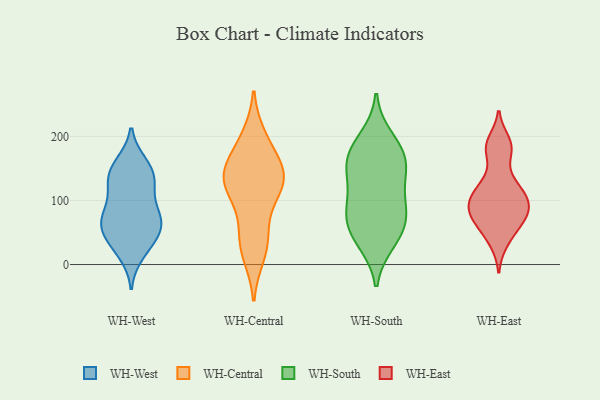
{"axis": {"x": "Shipments", "y": "Value"}, "legend": ["WH-Central", "WH-East", "WH-South", "WH-West"], "data": [{"x": "", "y": 128, "type": "WH-West"}, {"x": "", "y": 156, "type": "WH-West"}, {"x": "", "y": 56, "type": "WH-West"}, {"x": "", "y": 82, "type": "WH-West"}, {"x": "", "y": 60, "type": "WH-West"}, {"x": "", "y": 128, "type": "WH-West"}, {"x": "", "y": 49, "type": "WH-West"}, {"x": "", "y": 119, "type": "WH-West"}, {"x": "", "y": 78, "type": "WH-West"}, {"x": "", "y": 133, "type": "WH-West"}, {"x": "", "y": 25, "type": "WH-West"}, {"x": "", "y": 39, "type": "WH-West"}, {"x": "", "y": 16, "type": "WH-West"}, {"x": "", "y": 158, "type": "WH-West"}, {"x": "", "y": 148, "type": "WH-West"}, {"x": "", "y": 80, "type": "WH-West"}, {"x": "", "y": 78, "type": "WH-West"}, {"x": "", "y": 57, "type": "WH-West"}, {"x": "", "y": 15, "type": "WH-Central"}, {"x": "", "y": 135, "type": "WH-Central"}, {"x": "", "y": 23, "type": "WH-Central"}, {"x": "", "y": 47, "type": "WH-Central"}, {"x": "", "y": 111, "type": "WH-Central"}, {"x": "", "y": 123, "type": "WH-Central"}, {"x": "", "y": 50, "type": "WH-Central"}, {"x": "", "y": 151, "type": "WH-Central"}, {"x": "", "y": 199, "type": "WH-Central"}, {"x": "", "y": 146, "type": "WH-Central"}, {"x": "", "y": 159, "type": "WH-Central"}, {"x": "", "y": 106, "type": "WH-Central"}, {"x": "", "y": 143, "type": "WH-Central"}, {"x": "", "y": 195, "type": "WH-Central"}, {"x": "", "y": 127, "type": "WH-Central"}, {"x": "", "y": 173, "type": "WH-South"}, {"x": "", "y": 53, "type": "WH-South"}, {"x": "", "y": 159, "type": "WH-South"}, {"x": "", "y": 130, "type": "WH-South"}, {"x": "", "y": 41, "type": "WH-South"}, {"x": "", "y": 159, "type": "WH-South"}, {"x": "", "y": 74, "type": "WH-South"}, {"x": "", "y": 179, "type": "WH-South"}, {"x": "", "y": 198, "type": "WH-South"}, {"x": "", "y": 95, "type": "WH-South"}, {"x": "", "y": 35, "type": "WH-South"}, {"x": "", "y": 88, "type": "WH-South"}, {"x": "", "y": 138, "type": "WH-South"}, {"x": "", "y": 78, "type": "WH-South"}, {"x": "", "y": 78, "type": "WH-East"}, {"x": "", "y": 111, "type": "WH-East"}, {"x": "", "y": 95, "type": "WH-East"}, {"x": "", "y": 128, "type": "WH-East"}, {"x": "", "y": 97, "type": "WH-East"}, {"x": "", "y": 34, "type": "WH-East"}, {"x": "", "y": 79, "type": "WH-East"}, {"x": "", "y": 182, "type": "WH-East"}, {"x": "", "y": 175, "type": "WH-East"}, {"x": "", "y": 62, "type": "WH-East"}, {"x": "", "y": 93, "type": "WH-East"}, {"x": "", "y": 193, "type": "WH-East"}, {"x": "", "y": 123, "type": "WH-East"}, {"x": "", "y": 59, "type": "WH-East"}]}